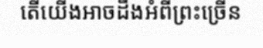
តើយើងអាចដឹងអំពីព្រះច្រើន